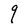
Character: q